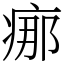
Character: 𤶸